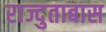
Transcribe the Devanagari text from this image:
राज्दुताबास